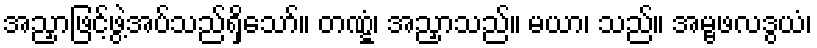
အညှာဖြင့်ဖွဲ့အပ်သည်ရှိသော်။ တဏ္ဋံ၊ အညှာသည်။ မယာ၊ သည်။ အမ္ဗဖလဒွယံ၊